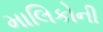
માલિકોની